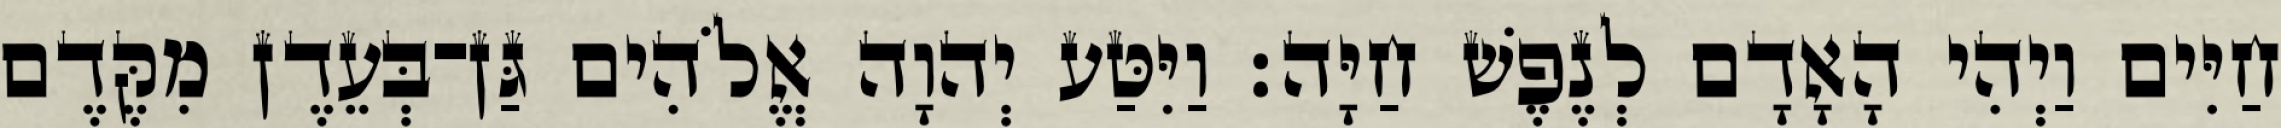
חַיִּים וַיְהִי הָאָדָם לְנֶפֶשׁ חַיָּה׃ וַיִּטַּע יְהוָה אֱלֹהִים גַּן־בְּעֵדֶן מִקֶּדֶם